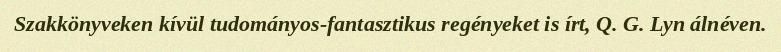
Szakkönyveken kívül tudományos-fantasztikus regényeket is írt, Q. G. Lyn álnéven.